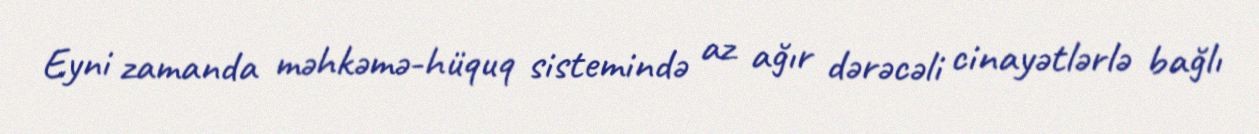
Eyni zamanda məhkəmə-hüquq sistemində az ağır dərəcəli cinayətlərlə bağlı